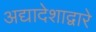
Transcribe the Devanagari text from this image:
अद्यादेशाद्वारे